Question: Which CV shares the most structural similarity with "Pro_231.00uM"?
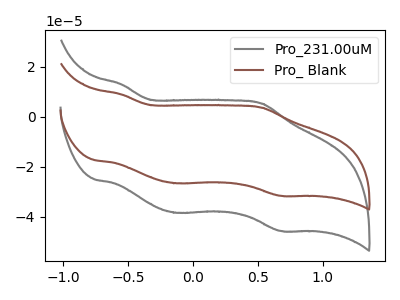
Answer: <think>The gray curve "Pro_231.00uM" has anodic peaks at (-0.55V, 13.00uA) (0.55V, 5.35uA) and cathodic peaks at (-0.15V, -38.40uA) (0.70V, -45.70uA). The brown curve "Pro_ Blank" has anodic peaks at (-0.55V, 9.00uA) (0.55V, 3.70uA) and cathodic peaks at (-0.15V, -26.55uA) (0.70V, -31.60uA).
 All the peaks in "Pro_231.00uM" have a peak in "Pro_ Blank" at the same potential. Every peak in "Pro_231.00uM" is higher than every peak in "Pro_ Blank".</think>
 <answer>The CV with the most similar shape to "Pro_ Blank" is "Pro_231.00uM".</answer>
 <eval>"Pro_231.00uM"</eval>